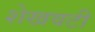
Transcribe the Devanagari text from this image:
शेखवटी